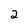
Character: 2